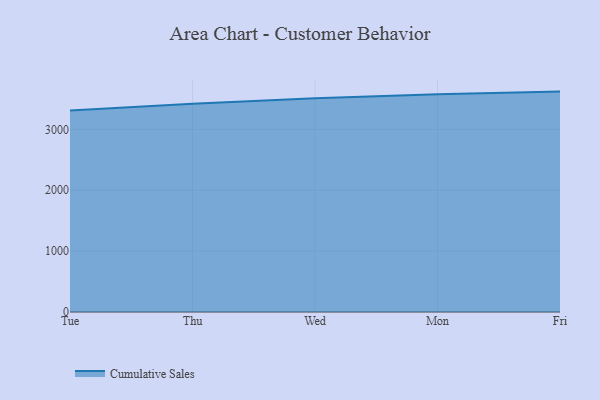
{"axis": {"x": "Day", "y": "Conversion Rate (%)"}, "legend": ["Cumulative Sales"], "data": [{"x": "Tue", "y": 3312.5, "type": "Cumulative Sales"}, {"x": "Thu", "y": 3421.6, "type": "Cumulative Sales"}, {"x": "Wed", "y": 3512.0, "type": "Cumulative Sales"}, {"x": "Mon", "y": 3578.4, "type": "Cumulative Sales"}, {"x": "Fri", "y": 3621.0, "type": "Cumulative Sales"}]}